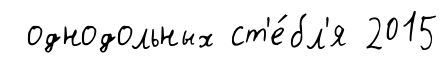
однодольных ст'е́бл'я 2015